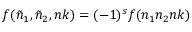
f ( { \tilde { n } } _ { 1 } , { \tilde { n } } _ { 2 } , n k ) = ( - 1 ) ^ { s } f ( n _ { 1 } n _ { 2 } n k )